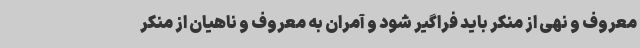
معروف و نهی از منکر باید فراگیر شود و آمران به معروف و ناهیان از منکر